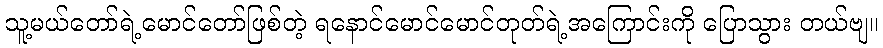
သူ့မယ်တော်ရဲ့မောင်တော်ဖြစ်တဲ့ ရနောင်မောင်မောင်တုတ်ရဲ့အကြောင်းကို ပြောသွား တယ်ဗျ။